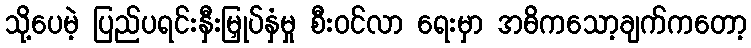
သို့ပေမဲ့ ပြည်ပရင်းနှီးမြှုပ်နှံမှု စီးဝင်လာ ရေးမှာ အဓိကသော့ချက်ကတော့